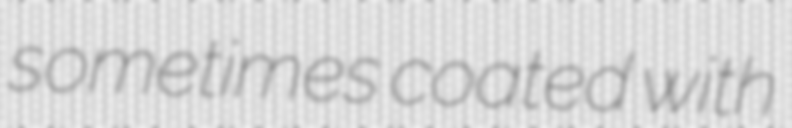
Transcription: sometimes coated with